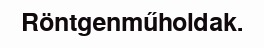
Röntgenműholdak.